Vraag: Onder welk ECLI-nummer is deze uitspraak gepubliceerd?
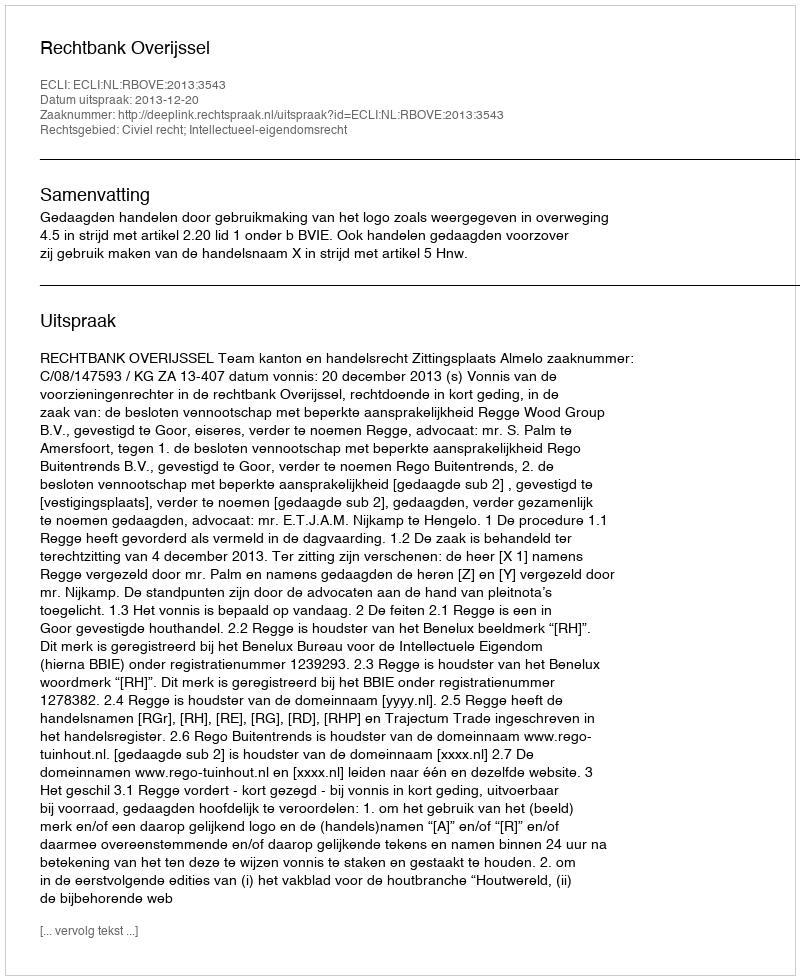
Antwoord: ECLI:NL:RBOVE:2013:3543